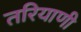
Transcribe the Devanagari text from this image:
तरियाणी